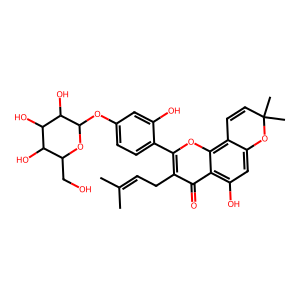
SMILES: CC(C)=CCc1c(-c2ccc(OC3OC(CO)C(O)C(O)C3O)cc2O)oc2c3c(cc(O)c2c1=O)OC(C)(C)C=C3
Inhibits HIV replication: No